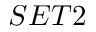
S E T 2